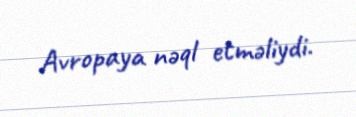
Avropaya nəql etməliydi.